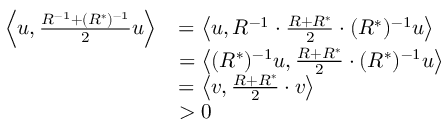
\begin{array} { r l } { \left< u , \frac { R ^ { - 1 } + ( R ^ { * } ) ^ { - 1 } } { 2 } u \right> } & { = \left< u , R ^ { - 1 } \cdot \frac { R + R ^ { * } } { 2 } \cdot ( R ^ { * } ) ^ { - 1 } u \right> } \\ & { = \left< ( R ^ { * } ) ^ { - 1 } u , \frac { R + R ^ { * } } { 2 } \cdot ( R ^ { * } ) ^ { - 1 } u \right> } \\ & { = \left< v , \frac { R + R ^ { * } } { 2 } \cdot v \right> } \\ & { > 0 } \end{array}